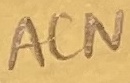
Text: ACN